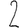
Digit: 2